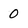
Character: 0